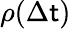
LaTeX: \rho(\Delta\mathsf{t})